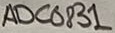
Text: ADC0831